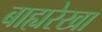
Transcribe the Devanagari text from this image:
बाह्यरेखा